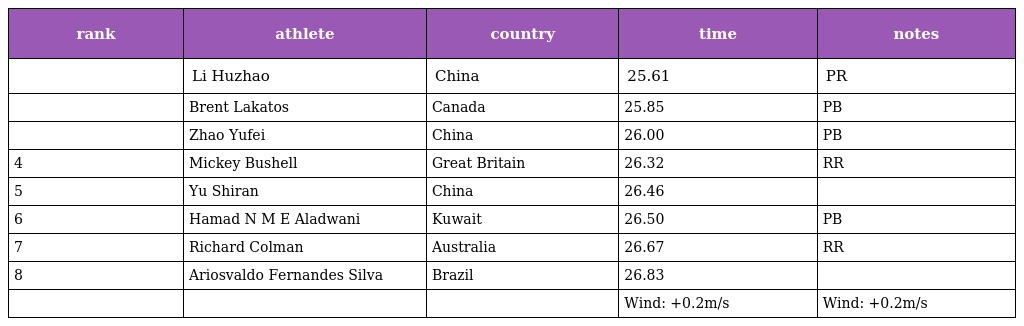
| rank | athlete | country | time | notes |
 | --- | --- | --- | --- | --- |
 |  | Li Huzhao | China | 25.61 | PR |
 |  | Brent Lakatos | Canada | 25.85 | PB |
 |  | Zhao Yufei | China | 26.00 | PB |
 | 4 | Mickey Bushell | Great Britain | 26.32 | RR |
 | 5 | Yu Shiran | China | 26.46 |  |
 | 6 | Hamad N M E Aladwani | Kuwait | 26.50 | PB |
 | 7 | Richard Colman | Australia | 26.67 | RR |
 | 8 | Ariosvaldo Fernandes Silva | Brazil | 26.83 |  |
 |  |  |  | Wind: +0.2m/s | Wind: +0.2m/s |